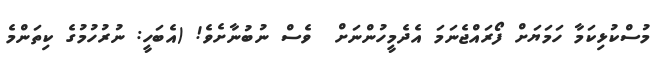
މުސްކުޅިކަމާ ހަމަޔަށް ފޯރައްޖެނަމަ އެދެމީހުންނަށް  ވެސް ނުބުނާށެވެ! (އެބަހީ: ނުރުހުމުގެ ކިތަންމެ